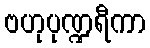
ဗဟုပုဏ္ဍရီကာ